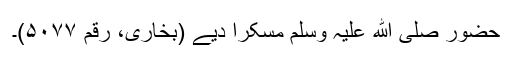
حضور صلی ﷲ علیہ وسلم مسکرا دیے (بخاری، رقم ۵۰۷۷)۔